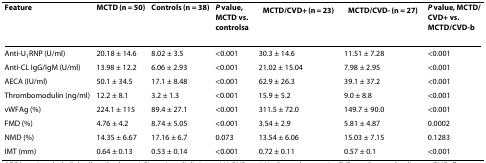
<table><thead><tr><td><b>Feature</b></td><td><b>MCTD (n = 50)</b></td><td><b>Controls (n = 38)</b></td><td><b><i>P </i>value, MCTD vs. controls<sup>a</sup></b></td><td><b>MCTD/CVD<sup>+ </sup>(n = 23)</b></td><td><b>MCTD/CVD<sup>- </sup>(n = 27)</b></td><td><b><i>P </i>value, MCTD/CVD<sup>+ </sup>vs. MCTD/CVD<sup>-b</sup></b></td></tr></thead><tbody><tr><td>Anti-U<sub>1</sub>RNP (U/ml)</td><td>20.18 ± 14.6</td><td>8.02 ± 3.5</td><td>&lt;0.001</td><td>30.3 ± 14.6</td><td>11.51 ± 7.28</td><td>&lt;0.001</td></tr><tr><td>Anti-CL IgG/IgM (U/ml)</td><td>13.98 ± 12.2</td><td>6.06 ± 2.93</td><td>&lt;0.001</td><td>21.02 ± 15.04</td><td>7.98 ± 2.95</td><td>&lt;0.001</td></tr><tr><td>AECA (IU/ml)</td><td>50.1 ± 34.5</td><td>17.1 ± 8.48</td><td>&lt;0.001</td><td>62.9 ± 26.3</td><td>39.1 ± 37.2</td><td>&lt;0.001</td></tr><tr><td>Thrombomodulin (ng/ml)</td><td>12.2 ± 8.1</td><td>3.2 ± 1.3</td><td>&lt;0.001</td><td>15.9 ± 5.2</td><td>9.0 ± 8.8</td><td>&lt;0.001</td></tr><tr><td>vWFAg (%)</td><td>224.1 ± 115</td><td>89.4 ± 27.1</td><td>&lt;0.001</td><td>311.5 ± 72.0</td><td>149.7 ± 90.0</td><td>&lt;0.001</td></tr><tr><td>FMD (%)</td><td>4.76 ± 4.2</td><td>8.74 ± 5.05</td><td>&lt;0.001</td><td>3.54 ± 2.9</td><td>5.81 ± 4.87</td><td>0.0002</td></tr><tr><td>NMD (%)</td><td>14.35 ± 6.67</td><td>17.16 ± 6.7</td><td>0.073</td><td>13.54 ± 6.06</td><td>15.03 ± 7.15</td><td>0.1283</td></tr><tr><td>IMT (mm)</td><td>0.64 ± 0.13</td><td>0.53 ± 0.14</td><td>&lt;0.001</td><td>0.72 ± 0.11</td><td>0.57 ± 0.1</td><td>&lt;0.001</td></tr></tbody></table>